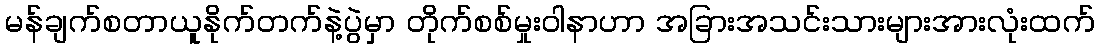
မန်ချက်စတာယူနိုက်တက်နဲ့ပွဲမှာ တိုက်စစ်မှုးဝါနာဟာ အခြားအသင်းသားများအားလုံးထက်